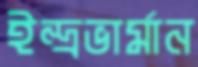
ইন্দ্রভার্মান